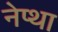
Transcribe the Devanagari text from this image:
नेप्था